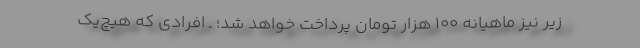
زیر نیز ماهیانه 100 هزار تومان پرداخت خواهد شد؛ ـ افرادی که هیچ‌یک